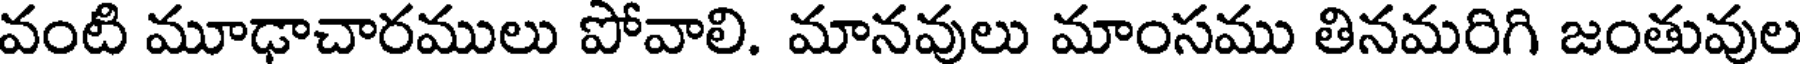
వంటి మూఢాచారములు పోవాలి. మానవులు మాంసము తినమరిగి జంతువుల